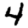
Digit: 4